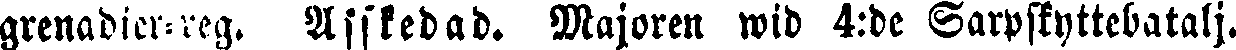
grenadier-reg. Afskedad. Majoren wid 4:de Sarpskyttebatalj.